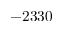
- 2 3 3 0